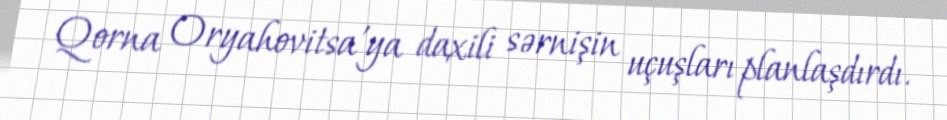
Qorna Oryahovitsa'ya daxili sərnişin uçuşları planlaşdırdı.